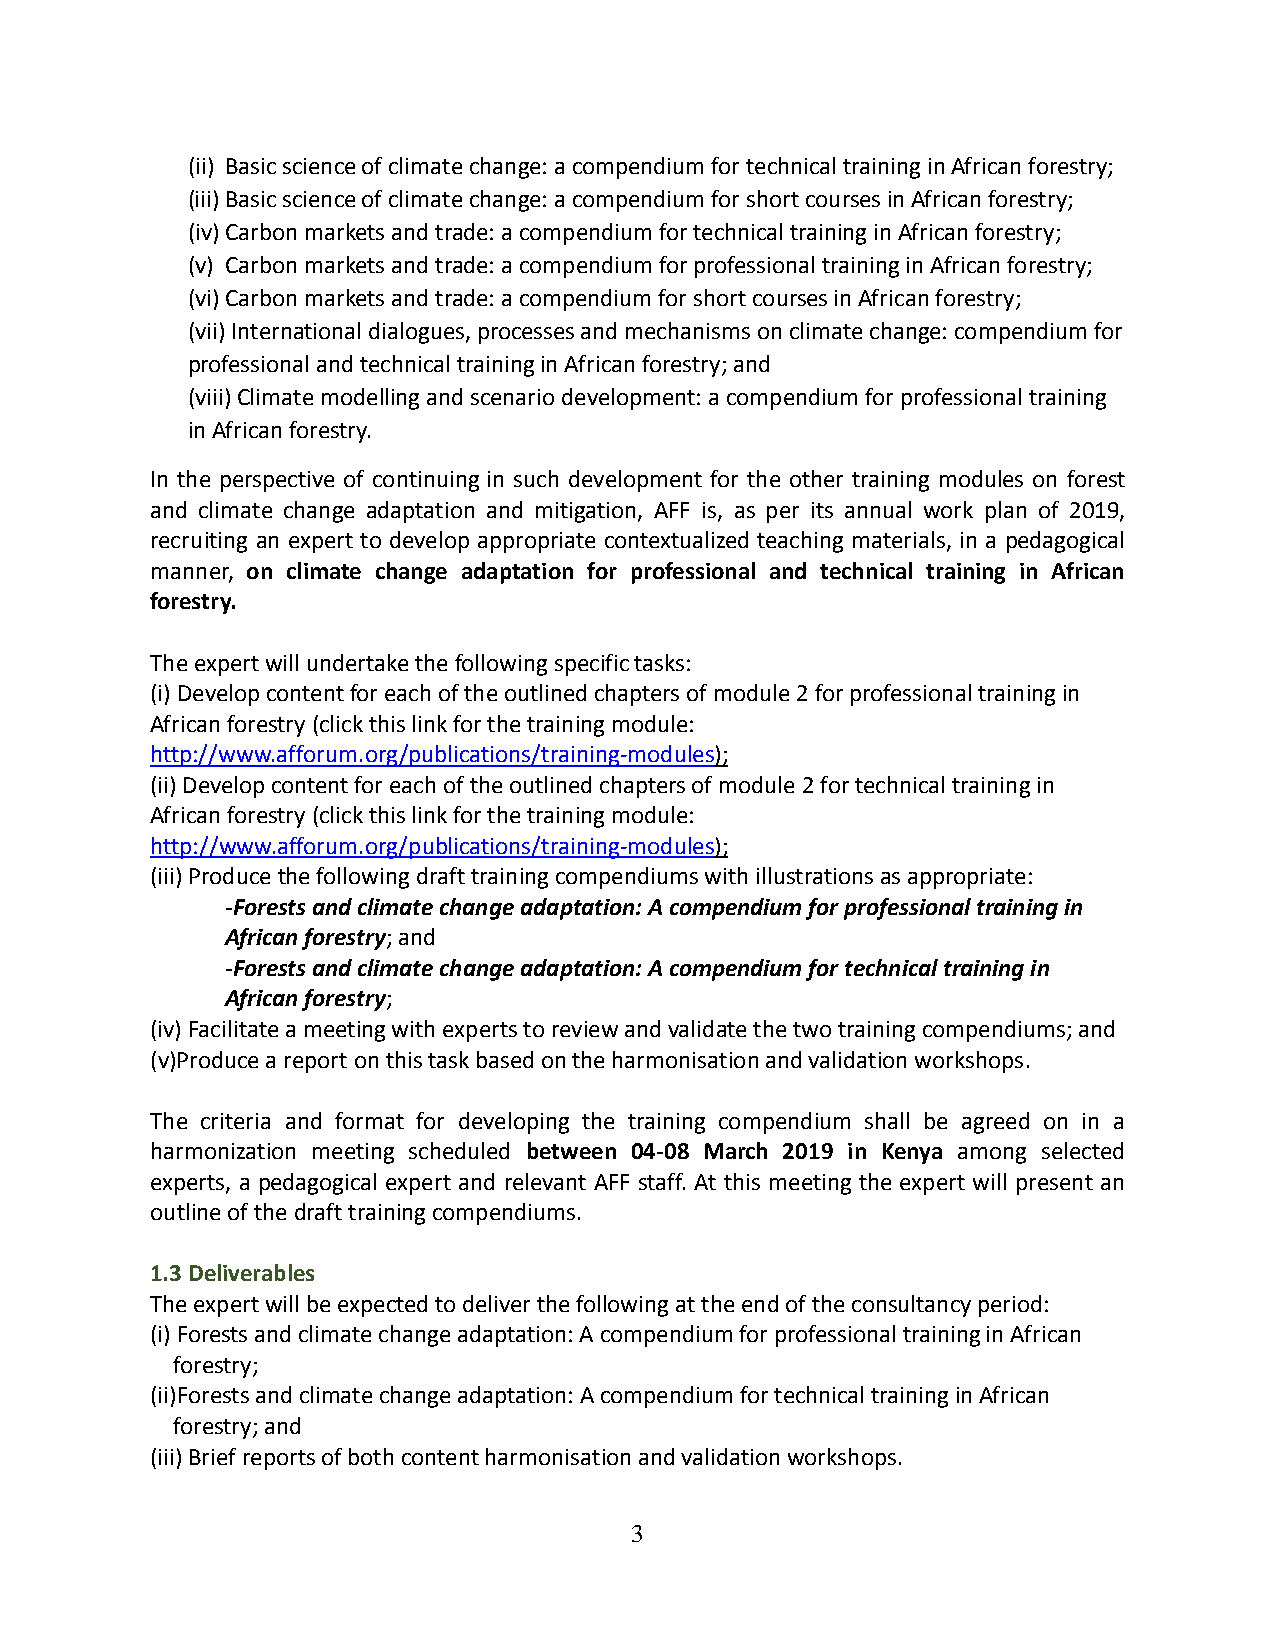
(ii) Basic science of climate change: a compendium for technical training in African forestry;
 (iii) Basic science of climate change: a compendium for short courses in African forestry;
 (iv) Carbon markets and trade: a compendium for technical training in African forestry;
 (v) Carbon markets and trade: a compendium for professional training in African forestry;
 (vi) Carbon markets and trade: a compendium for short courses in African forestry;
 (vii) International dialogues, processes and mechanisms on climate change: compendium for
 professional and technical training in African forestry; and
 (viii) Climate modelling and scenario development: a compendium for professional training
 in African forestry.
 In the perspective of continuing in such development for the other training modules on forest
 and climate change adaptation and mitigation, AFF is, as per its annual work plan of 2019,
 recruiting an expert to develop appropriate contextualized teaching materials, in a pedagogical
 manner, on climate change adaptation for professional and technical training in African
 forestry.
 The expert will undertake the following specific tasks:
 (i) Develop content for each of the outlined chapters of module 2 for professional training in
 African forestry (click this link for the training module:
 http://www.afforum.org/publications/training-modules);
 (ii) Develop content for each of the outlined chapters of module 2 for technical training in
 African forestry (click this link for the training module:
 http://www.afforum.org/publications/training-modules);
 (iii) Produce the following draft training compendiums with illustrations as appropriate:
 -Forests and climate change adaptation: A compendium for professional training in
 African forestry; and
 -Forests and climate change adaptation: A compendium for technical training in
 African forestry;
 (iv) Facilitate a meeting with experts to review and validate the two training compendiums; and
 (v)Produce a report on this task based on the harmonisation and validation workshops.
 The criteria and format for developing the training compendium shall be agreed on in a
 harmonization meeting scheduled between 04-08 March 2019 in Kenya among selected
 experts, a pedagogical expert and relevant AFF staff. At this meeting the expert will present an
 outline of the draft training compendiums.
 1.3 Deliverables
 The expert will be expected to deliver the following at the end of the consultancy period:
 (i) Forests and climate change adaptation: A compendium for professional training in African
 forestry;
 (ii)Forests and climate change adaptation: A compendium for technical training in African
 forestry; and
 (iii) Brief reports of both content harmonisation and validation workshops.
 3